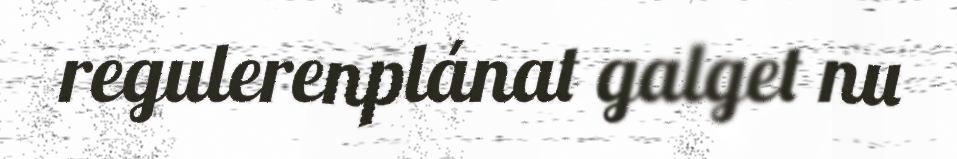
regulerenplánat galget nu